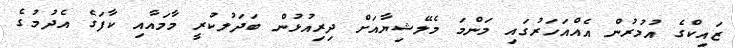
ޒައިކްގެ އުމުރުން އެއްއަހަރުގައި މަންމަ މެލޭޝިޔާއަށް ދިރިއުޅުން ބަދަލުކުރީ މާމައާއި ކާފަގެ އެދުމުގެ